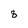
Character: 8